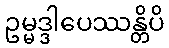
ဥမ္မဒ္ဒါပေဿန္တိပိ